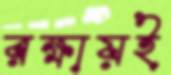
রক্ষায়ই